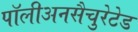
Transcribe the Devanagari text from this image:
पॉलीअनसैचुरेटेड